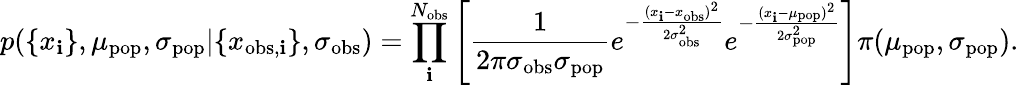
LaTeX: p(\{ x_{\mathbf{i}}\} ,\mu_{\mathrm{{pop}}},\sigma_{\mathrm{{pop}}}|\{ x_{\mathrm{{obs}},\mathbf{i}}\} ,\sigma_{\mathrm{{obs}}})=\prod_{\mathbf{i}}^{N_{\mathrm{{obs}}}}\left[\frac{{1}}{{2\pi\sigma_{\mathrm{{obs}}}\sigma_{\mathrm{{pop}}}}}e^{-\frac{{(x_{\mathbf{i}}-x_{\mathrm{{obs}}})^{2}}}{{2\sigma_{\mathrm{{obs}}}^{2}}}}e^{-\frac{{(x_{\mathbf{i}}-\mu_{\mathrm{{pop}}})^{2}}}{{2\sigma_{\mathrm{{pop}}}^{2}}}}\right]\pi(\mu_{\mathrm{{pop}}},\sigma_{\mathrm{{pop}}}).